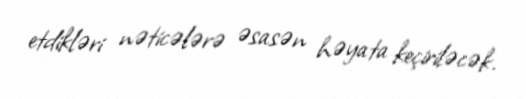
etdikləri nəticələrə əsasən həyata keçiriləcək.